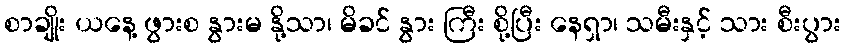
စာချိုး ယနေ့ ဖွားစ နွားမ နို့သာ၊ မိခင် နွား ကြီး စို့ပြီး နေရှာ၊ သမီးနှင့် သား စီးပွား